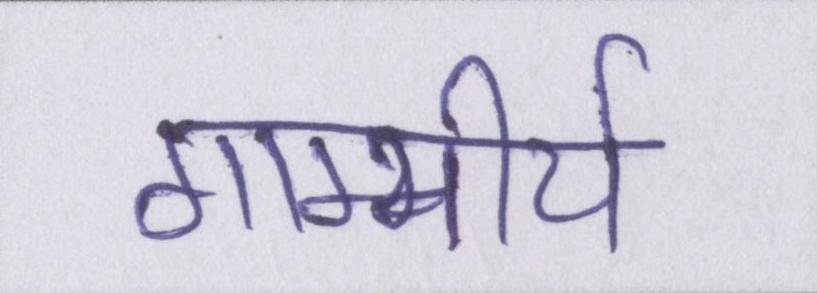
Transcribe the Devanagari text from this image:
गाम्भीर्य